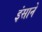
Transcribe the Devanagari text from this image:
इंसाने